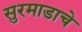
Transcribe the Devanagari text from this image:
सुरमाडाचे